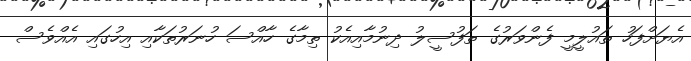
އެޔަށްފަހު ތައުލީމީ ފެންވަރުގެ ތަފުސީލު ދިނުމާއިއެކު ތިމާގެ ހާއްސަ ހުނަރުތަކާއި އިހުގައި އެއްވެސް